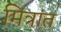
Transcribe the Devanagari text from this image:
मित्रांत